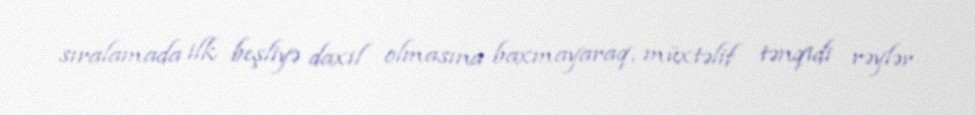
sıralamada ilk beşliyə daxil olmasına baxmayaraq, müxtəlif tənqidi rəylər